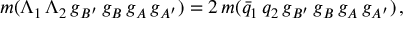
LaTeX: m ( \Lambda _ { 1 } \, \Lambda _ { 2 } \, g _ { B ^ { \prime } } \, g _ { B } \, g _ { A } \, g _ { A ^ { \prime } } ) = 2 \, m ( \bar { q } _ { 1 } \, q _ { 2 } \, g _ { B ^ { \prime } } \, g _ { B } \, g _ { A } \, g _ { A ^ { \prime } } ) \, ,